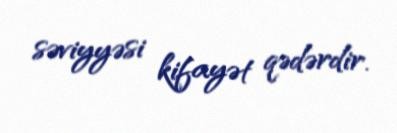
səviyyəsi kifayət qədərdir.